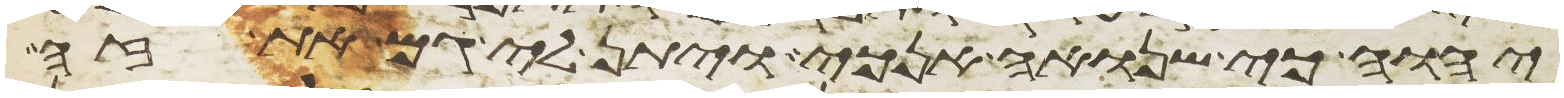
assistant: יהוה כי שנואה אנכי ויתן לי גם את זה